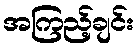
အကြည့်ချင်း